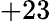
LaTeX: +23